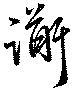
道